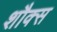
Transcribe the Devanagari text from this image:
शौक्स